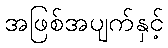
အဖြစ်အပျက်နှင့်